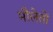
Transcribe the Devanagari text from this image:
मौलेतों